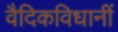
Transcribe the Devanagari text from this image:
वैदिकविधानीं